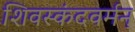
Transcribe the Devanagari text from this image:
शिवस्कंदवर्मन्